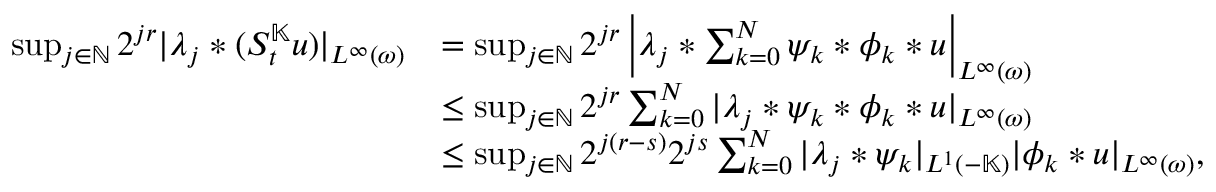
\begin{array} { r l } { \operatorname* { s u p } _ { j \in \mathbb { N } } 2 ^ { j r } | \lambda _ { j } \ast ( S _ { t } ^ { \mathbb { K } } u ) | _ { L ^ { \infty } ( \omega ) } } & { = \operatorname* { s u p } _ { j \in \mathbb { N } } 2 ^ { j r } \left| \lambda _ { j } \ast \sum _ { k = 0 } ^ { N } \psi _ { k } \ast \phi _ { k } \ast u \right| _ { L ^ { \infty } ( \omega ) } } \\ & { \leq \operatorname* { s u p } _ { j \in \mathbb { N } } 2 ^ { j r } \sum _ { k = 0 } ^ { N } | \lambda _ { j } \ast \psi _ { k } \ast \phi _ { k } \ast u | _ { L ^ { \infty } ( \omega ) } } \\ & { \leq \operatorname* { s u p } _ { j \in \mathbb { N } } 2 ^ { j ( r - s ) } 2 ^ { j s } \sum _ { k = 0 } ^ { N } | \lambda _ { j } \ast \psi _ { k } | _ { L ^ { 1 } ( - \mathbb { K } ) } | \phi _ { k } \ast u | _ { L ^ { \infty } ( \omega ) } , } \end{array}